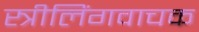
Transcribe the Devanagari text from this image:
स्त्रीलिंगवाचक